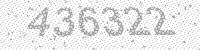
Solution: 436322